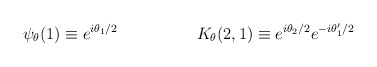
\begin{align*}\psi_{\theta}(1) \equiv e^{i\theta_{1}/2} \hspace{2cm}K_{\theta}(2,1) \equiv e^{i\theta_{2}/2 } e^{-i\theta_{1}^{\prime}/2}\end{align*}